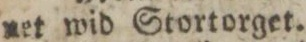
net wid Stortorget.